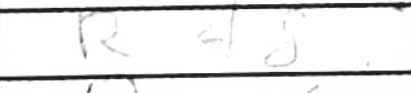
Transcription: Rf8